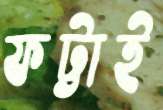
ফট্টাই